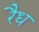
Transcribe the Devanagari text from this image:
रैध